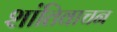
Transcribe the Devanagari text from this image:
शांतिवाचन